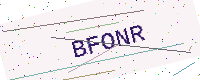
Text: BFONR